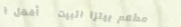
مطعم بيتزا البيت   أفضل ا